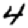
Digit: 4